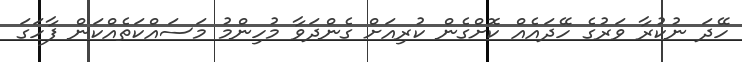
ހޭދަ ނުކުރާ ވަރުގެ ހޭދައެއް ކޮށްގެން ކުރިއަށް ގެންދަވާ މުހިންމު މަސައްކަތެއްކަން ފާހަގަ